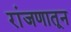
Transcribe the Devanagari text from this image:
रांजणातून